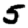
Digit: 5